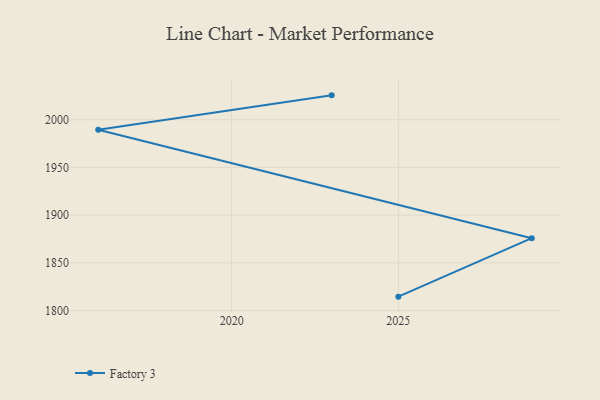
{"axis": {"x": "Year", "y": "Backlog"}, "legend": ["Factory 3"], "data": [{"x": "2023", "y": 2025.6, "type": "Factory 3"}, {"x": "2016", "y": 1989.6, "type": "Factory 3"}, {"x": "2029", "y": 1875.8, "type": "Factory 3"}, {"x": "2025", "y": 1814.5, "type": "Factory 3"}]}